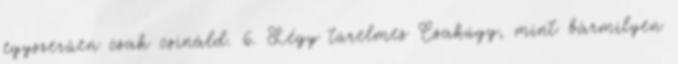
egyszerűen csak csináld. 6. Légy türelmes Csakúgy, mint bármilyen